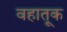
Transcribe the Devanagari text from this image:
वहातूक